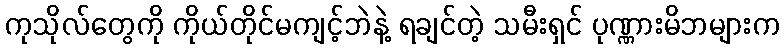
ကုသိုလ်တွေကို ကိုယ်တိုင်မကျင့်ဘဲနဲ့ ရချင်တဲ့ သမီးရှင် ပုဏ္ဏားမိဘများက